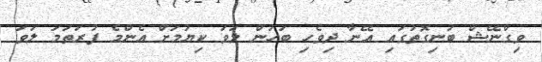
ވިގްނޭޝް ބުނިގޮތުގައި އޭނާ ދިވެހި ބަހުން ލަވަ ކިޔުމަށް އެންމެ ފުރަތަމަ ލަވަ